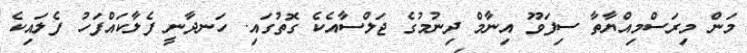
މަން މިރަސްމިއްޔާތާ ސިފަވޫ އިނާމް ދިނުމުގެ ޖަލްސާއެކެ ގޮތުގައި. ހަނދާނީ ފެލާކައްފަހު ފެލައިކެ